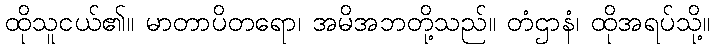
ထိုသူငယ်၏။ မာတာပိတရော၊ အမိအဘတို့သည်။ တံဌာနံ၊ ထိုအရပ်သို့။